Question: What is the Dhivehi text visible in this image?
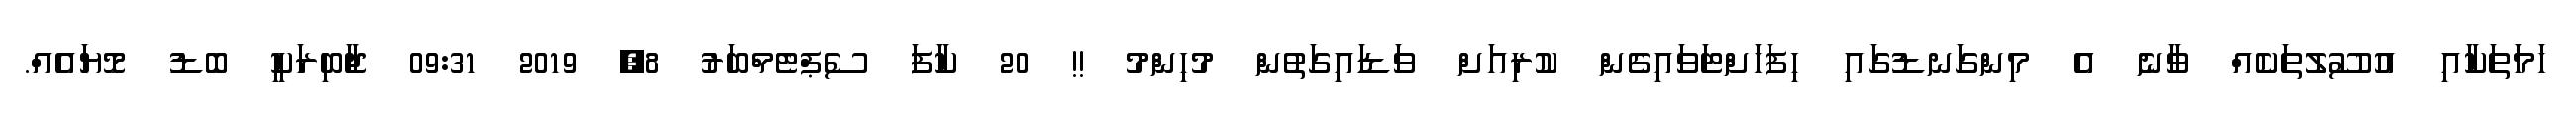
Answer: ހަމަތަކާއި އުސޫލުތަކެއް ވާނެ އެ މިންގަނޑުގައި ހިފަހަށްޓަވައިގެން ކުރިއަށް ވަޑައިގަތުން މުހިންމު !! 20 ކާފަ ސެޕްޓެމްބަރު 8, 2019 09:31 ޖާބިރަކީ ބޮޑު މޮޔައެއް.